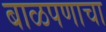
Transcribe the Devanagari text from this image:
बाळपणाचा